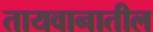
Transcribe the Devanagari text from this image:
तायवानातील